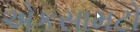
એકસામટો